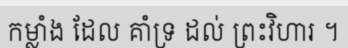
កម្លាំង ដែល គាំទ្រ ដល់ ព្រះវិហារ ។